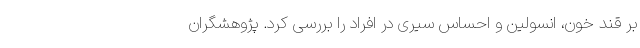
بر قند خون، انسولین و احساس سیری در افراد را بررسی کرد. پژوهشگران